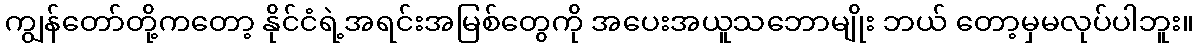
ကျွန်တော်တို့ကတော့ နိုင်ငံရဲ့အရင်းအမြစ်တွေကို အပေးအယူသဘောမျိုး ဘယ် တော့မှမလုပ်ပါဘူး။